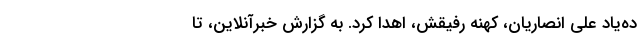
ده‌یاد علی انصاریان، کهنه رفیقش، اهدا کرد. به گزارش خبرآنلاین، تا